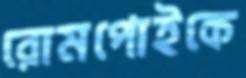
রোমপোইকে